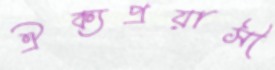
ঐক্যপ্রয়াসী